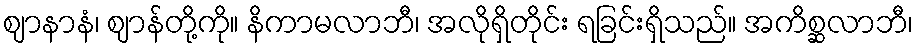
ဈာနာနံ၊ ဈာန်တို့ကို။ နိကာမလာဘီ၊ အလိုရှိတိုင်း ရခြင်းရှိသည်။ အကိစ္ဆလာဘီ၊